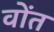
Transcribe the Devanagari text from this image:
वोंत